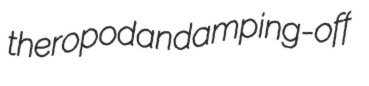
theropodan damping-off